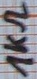
Text: 1kΩ